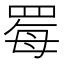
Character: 䍙